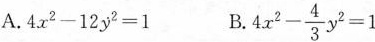
A. $$4 x ^ { 2 } - 1 2 y ^ { 2 } = 1$$ B. $$.4 x ^ { 2 } - \frac { 4 } { 3 } y ^ { 2 } = 1$$